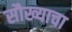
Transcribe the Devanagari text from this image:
सौख्याचा